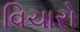
વિચારો